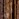
التي